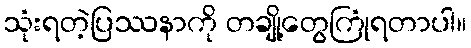
သုံးရတဲ့ပြဿနာကို တချို့တွေကြုံရတာပါ။